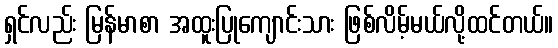
ရှင်လည်း မြန်မာစာ အထူးပြုကျောင်းသား ဖြစ်လိမ့်မယ်လို့ထင်တယ်။